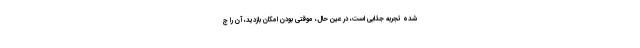
شده تجربه جذابی است، در عین حال، موقتی بودن امکان بازدید، آن را ج